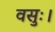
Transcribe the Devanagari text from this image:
वसुः।